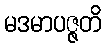
မဒမာပဇ္ဇတိ